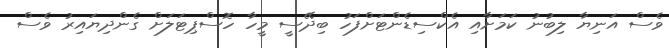
ވެސް އަނިޔާ ލިބުނު ކަމަށާއި އެކްސިޑެންޓަށްފަހު ބިދޭސީ މީހާ ހޮސްޕިޓަލަށް ގެންދިޔައިރު ވެސް